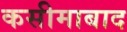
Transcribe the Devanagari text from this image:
कसीमाबाद